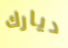
ديارك